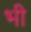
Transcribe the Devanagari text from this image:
भी